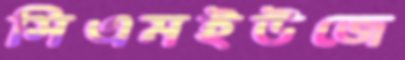
সিএমইউজে